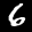
Label: 6